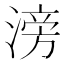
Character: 滂